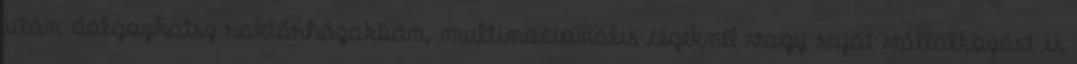
után dolgozhatsz raktárházakban, multinacionális cégeknél vagy saját vállalkozást is